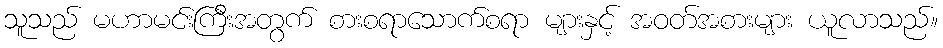
သူသည် မဟာမင်းကြီးအတွက် စားစရာသောက်စရာ များနှင့် အဝတ်အစားများ ယူလာသည်။